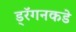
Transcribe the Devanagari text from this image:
ड्रॅगनकडे